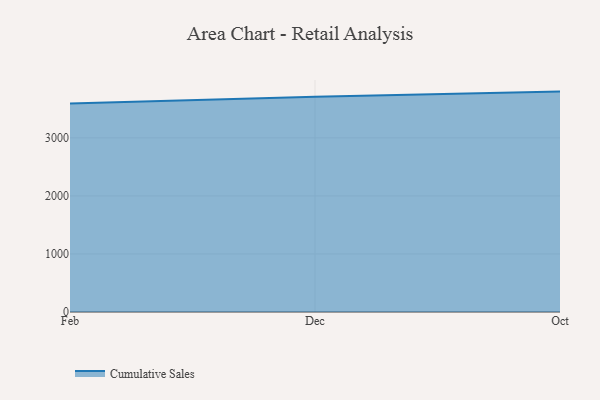
{"axis": {"x": "Month", "y": "Operating Costs (USD K)"}, "legend": ["Cumulative Sales"], "data": [{"x": "Feb", "y": 3593.8, "type": "Cumulative Sales"}, {"x": "Dec", "y": 3708.3, "type": "Cumulative Sales"}, {"x": "Oct", "y": 3797.0, "type": "Cumulative Sales"}]}